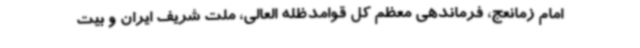
امام زمانعج، فرماندهی معظم کل قوامدظله العالی، ملت شریف ایران و بیت